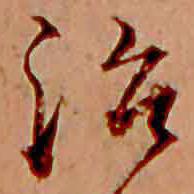
治